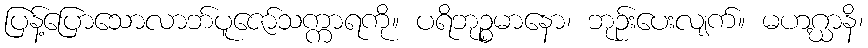
ပြန့်ပြောသောလာဘ်ပူဇော်သက္ကာရကို။ ပရိဘုဉ္စမာနော၊ ဘုဉ်းပေးလျက်။ မဟဂ္ဃာနိ၊